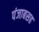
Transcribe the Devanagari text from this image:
पंजाबसह